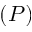
( P )